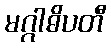
မဂ္ဂါဓိပတီ